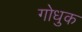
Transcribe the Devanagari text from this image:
गोधुक